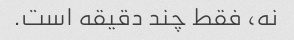
نه، فقط چند دقیقه است.